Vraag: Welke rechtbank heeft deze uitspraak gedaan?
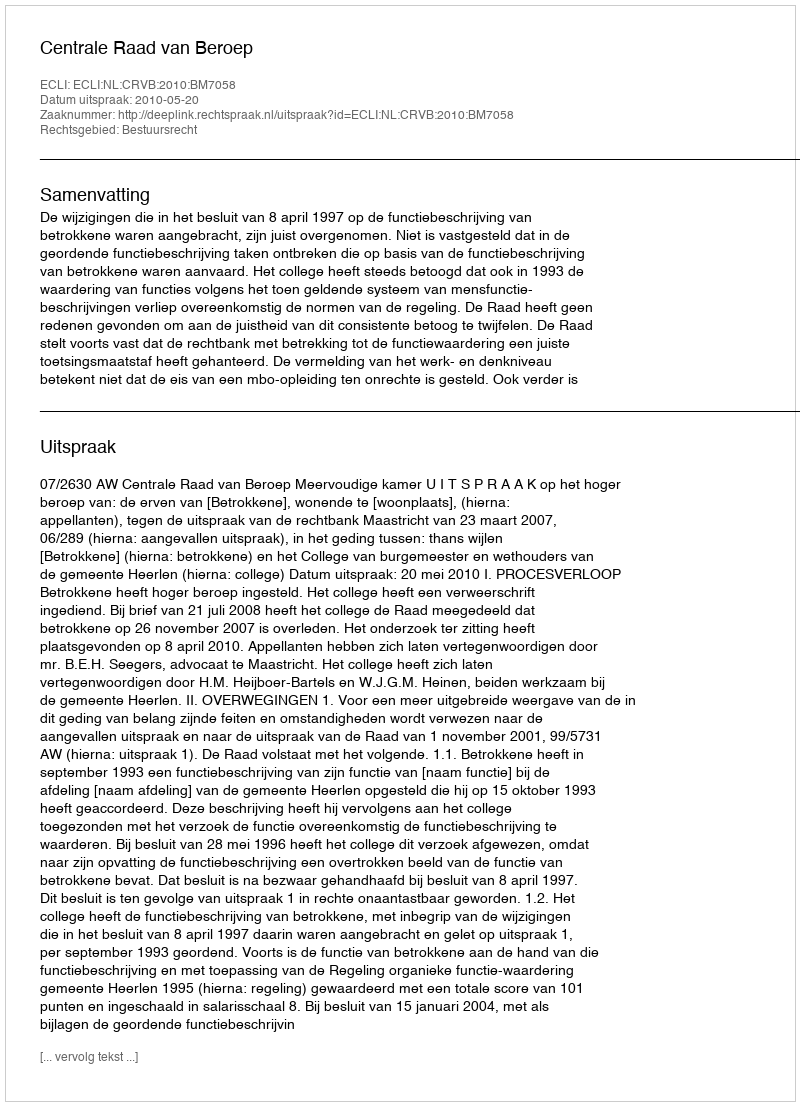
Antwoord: Centrale Raad van Beroep